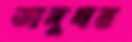
ভাদুঘর